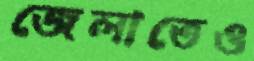
জেলাতেও